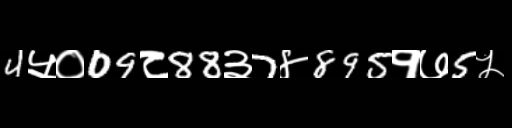
Text: 4५०09८88३7४895१७5५